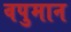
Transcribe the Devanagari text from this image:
वपुमान